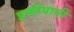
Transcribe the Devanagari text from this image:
इफीपानी